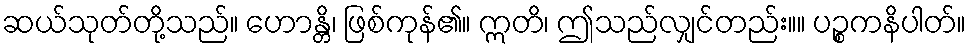
ဆယ်သုတ်တို့သည်။ ဟောန္တိ၊ ဖြစ်ကုန်၏။ ဣတိ၊ ဤသည်လျှင်တည်း။။ ပဉ္စကနိပါတ်။